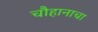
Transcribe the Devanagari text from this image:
चौहानाचा